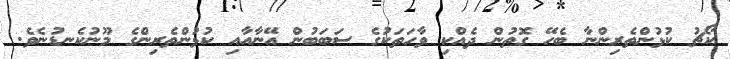
ކޯޗު ކުޅުންތެރިންނާ ބެހޭ ގޮތުން ދެއްކި ވާހަތަކުގެ ސަބަބުން އޭނާއާއި ކުޅުންތެރިންގެ މޫނުކެނޑުނެވެ.